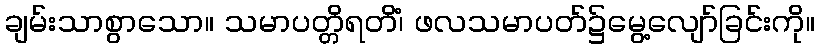
ချမ်းသာစွာသော။ သမာပတ္တိရတိံ၊ ဖလသမာပတ်၌မွေ့လျော်ခြင်းကို။